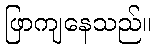
ဖြာကျနေသည်။